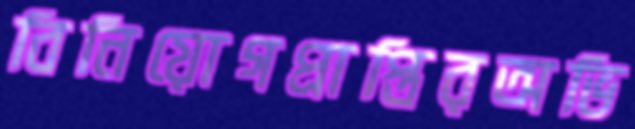
বিনিয়োগপ্রাপ্তিরঅভি